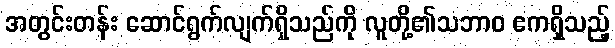
အတွင်းတန်း ဆောင်ရွက်လျက်ရှိသည်ကို လူတို့၏သဘာဝ ဧကရှိသည့်